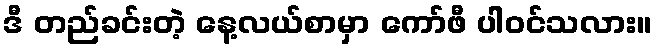
ဒီ တည်ခင်းတဲ့ နေ့လယ်စာမှာ ကော်ဖီ ပါဝင်သလား။